King Institute of Preventive Medicine Micro-Biological Section reports 1909-11
Year: 1909
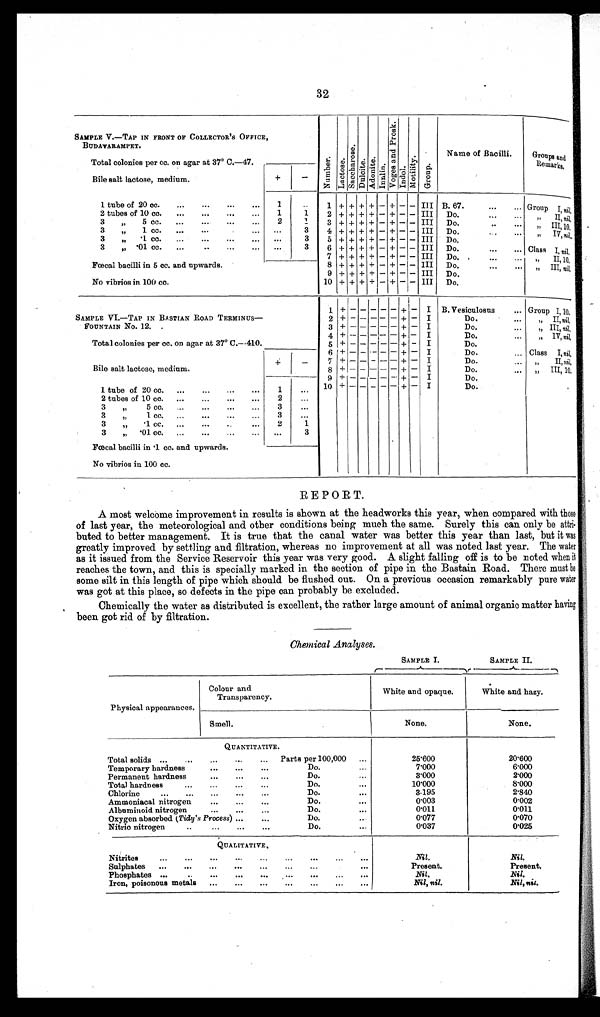
32
SAMPLE V.—TAP IN FRONT OF COLLECTOR 'S OFFICE,
BUDAVARAM PET.
n u m b e r . L a c t o e s .
Lact os e.
s a c c h a r o s e .
Dul ci t e.
Adoni t e.
Innl i n.
V o g e s a n d P r o s k .
Indol .
Mo t i l i t y .
Group.
Name of Bacilli.
Groups and
Remarks.
Total colonies per cc. on agar at 37° C.--47.
Bile salt lactose, medium.
+
-
1 tube of 20 oc.
...
...
...
...
1
. .
1 + + + + - + - - III B. 67.
...
... Group I , n i l .
,
2 tubes of 10 cc.
...
...
...
...
1
1
2 + + + + - + - -
I I I
Do.
...
. . .
” I I , n i l ,
3
˝
5 cc.
...
...
...
...
2
1
3
+ + + + -
+ - - III
Do.
..
...
” I I I , n i l .
3
˝
1 cc.
...
...
...
. . .
3
4 + + + + - + - - III
D o . . . . . . .
” I V , n i l .
3 ”˝
. . 1 C C
. . .
. . .
. . .
. . .
...
3
5 + + + + - + - - III
D o .
Do.
3
˝„ .01 cc.
...
. .
. . .
. . .
. . .
3
6 + + + + - + - - Ill
Do.
...
... Class I , n i l .
Fœcal bacilli in 5 cc. and upwards.
7
+ + + + -
+ - - III
Do.
...
. . .˝I
I , 1 0 ,
II,,10,
8 + + + + - + - - III
Do.
. . .
. . .˝˝
I I I , n i l .
9 + + + + - + - - III
Do.
No vibrios in 100 cc.
10 + + + + - + - - III
Do.
SAMPLE VI.— TAP IN BASTIAN ROAD TERMINUS —
1 + - - - - - + - I
B. Vesiculosus
... Group I,10,
2 + - -- - - - + - I
Do.
...
,, II, nil,
FOUNTAIN No. 12. .
3 + -- - - - - + - I
Do.
...
„ III, nil,
4 + -- - - - - + - I
Do.
...
„ IV, nil,
Total colonies per cc. on agar at 37° C.--410.
-
5 + - - - - - + -
I
Do.
6 + - — - - - + - I
Do.
... Class I, nil,
7 +-- - -- - +- I
Do.
II, nil,
Bile salt lactose, medium.
8 + - - - - - + - I
Do.
III, 10,
9 + - - - - - + - I
Do.
1 tube of 20 cc
...
. . .
. . .
. . .
1
. . .
10 + - - - - - +
I
Do.
2 tubes of 10 cc.
. . .
...
...
...
2
...
3
5 c c .
. . .
. . .
. . .
. . .
3
. . .
3
˝1 C C .
. . .
. . .
. . .
. . .
3
...
3
„
'1 cc.
...
...
. . .
...
2
1
3
„ .01 cc.
...
...
...
...
...
3
fœcal bacilli in ּ1 cc. and upwards.
No vibrios in 100 cc.
REPORT.
A most welcome improvement in results is shown at the headworks this year, when compared with those
of last year, the meteorological and other conditions being much the same. Surely this can only be at t r i -
buted to better management. It is true that the canal water was better this year than last, but it was
greatly improved by settling and filtration, whereas no improvement at all was noted last year. The water
as it issued from the Service Reservoir this year was very good. A slight falling off is to be noted when it
reaches the town, and this is specially marked in the section of pipe in the Bastain Road. There must be
some silt in this length of pipe which should be flushed out. On a previous occasion remarkably pure water
was got at this place, so defects in the pipe can probably be excluded.
Chemically the water as distributed is excellent, the rather large amount of animal organic matter having
been got rid of by filtration.
Chemical Analyses.
SAMPLE I.
SAMPLE II.
Physical appearances.
Colour and
Transparency.
White and opaque.
White and hazy.
Smell.
None.
None.
QUANTITATIVE.
Total solids ...
...
...
...
... Parts per 100,000 ...
25'600
20'600
Temporary hardness
. . .
. . . .
. . . .
Do
...
6'000
Permanent hardness
...
...
...
Do
...
2'000
Total hardness
...
...
...
...
Do
...
10'000
8'000
Chlorine
... ...
. . .
. . .
. . .
Do.
...
3'195
2'840
Ammoniacal nitrogen
. . .
. . .
. . .
Do.
. . .
0'003
0'002
Albuminoid nitrogen
...
...
. . .
Do.
...
0'011
0'011
Oxygen absorbed (Tidy's Process) ...
...
Do.
. . .
0'o77
0'070
Nitric nitrogen
..
...
...
...
Do.
...
0'037
0'025
QUALITATIVE.
Nitrites
... ...
. . .
. . .
. . .
...
...
. . .
. . .
Nil.
Nil.
Sulphates
...
...
...
...
...
...
...
. . .
Present.
Present.
Phosphates ...
...
. . .
. . .
. . .
. . . . . . . . .
. . .
Nil.
Nil.
Iron, poisonous metals
...
...
. . .
...
...
...
...
Nil, nil.
Nil, nil.